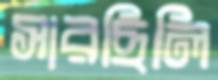
সারছিলি